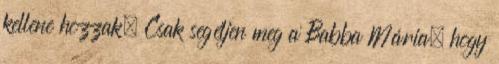
kellene hozzak. Csak segéljen meg a Babba Mária, hogy